Indian journal of veterinary science and animal husbandry - Volumes 15-17, 1948-1951
Year: 1948
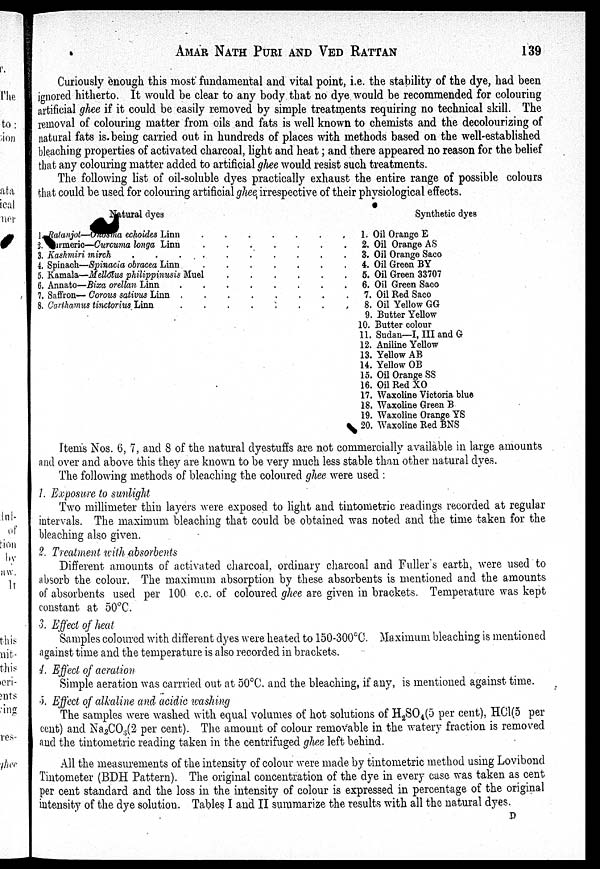
AMAR NATH PURI AND VED RATTAN 139
Curiously enough this most fundamental and vital point, i.e. the stability of the dye, had been
ignored hitherto. It would be clear to any body that no dye would be recommended for colouring
artificial ghee if it could be easily removed by simple treatments requiring no technical skill. The
removal of colouring matter from oils and fats is well known to chemists and the decolourizing of
natural fats is. being carried out in hundreds of places with methods based on the well-established
bleaching properties of activated charcoal, light and heat; and there appeared no reason for the belief
that any colouring matter added to artificial ghee would resist such treatments.
The following list of oil-soluble dyes practically exhaust the entire range of possible colours
that could be used for colouring artificial ghee irrespective of their physiological effects.
Natural dyes
1. Ralanjot—Onosma echoides Linn
.
.
.
.
.
.
.
2. urmeric—Curcuma longa Linn . . . . . . .
3. kashmiri mirch . . . . . . . . . . .
4. Spinach—Spinacia obracea Linn . . . . . . .
5. Kamala—Mellotus philippinusis Muel. . . . . . .
6. Annato—Bixa orellan Linn. . . . . . .
7. Saffron— Corous sativus Linn.
.
.
.
.
.
.
8. Carthamus tinctorius Linn.
.
.
.
.
.
.
Synthetic dyes
1. Oil Orange E
2. Oil Orange AS
3. Oil Orange Saco
4. Oil Green BY
5. Oil Green 33707
6. Oil Green Saco
7. Oil Red Saco
8. Oil Yellow GG
9. Butter Yellow
10. Butter colour
11. Sudan—I, III and G
12. Aniline Yellow
13. Yellow AB
14. Yellow OB
15. Oil Orange SS
16. Oil Red XO
17. Waxoline Victoria blue
18. Waxoline Green B
19. Waxoline Orange YS
20. Waxoline Red BNS
Items Nos. 6, 7, and 8 of the natural dyestuffs are not commercially available in large amounts
and over and above this they are known to be very much less stable than other natural dyes.
The following methods of bleaching the coloured ghee were used :
1. Exposure to sunlight
Two millimeter thin layers were exposed to light and tintometric readings recorded at regular
intervals. The maximum bleaching that could be obtained was noted and the time taken for the
bleaching also given.
2. Treatment with absorbents
Different amounts of activated charcoal, ordinary charcoal and Fuller's earth, were used to
absorb the colour. The maximum absorption by these absorbents is mentioned and the amounts
of absorbents used per 100 c.c. of coloured ghee are given in brackets. Temperature was kept
constant at 50°C.
3. Effect of heat
Samples coloured with different dyes were heated to 150-300ºC. Maximum bleaching is mentioned
against time and the temperature is also recorded in brackets.
4. Effect of aeration
Simple aeration was carrried out at 50°C. and the bleaching, if any, is mentioned against time.
5. Effect of alkaline and acidic washing
The samples were washed with equal volumes of hot solutions of H 2 SO 4 (5 per cent), HCl(5 per
cent) and Na 2 CO 3 (2 per cent). The amount of colour removable in the watery fraction is removed
and the tintometric reading taken in the centrifuged ghee left behind.
All the measurements of the intensity of colour were made by tintometric method using Lovibond
Tintometer (BDH Pattern). The original concentration of the dye in every case was taken as cent
per cent standard and the loss in the intensity of colour is expressed in percentage of the original
intensity of the dye solution. Tables I and II summarize the results with all the natural dyes.
D